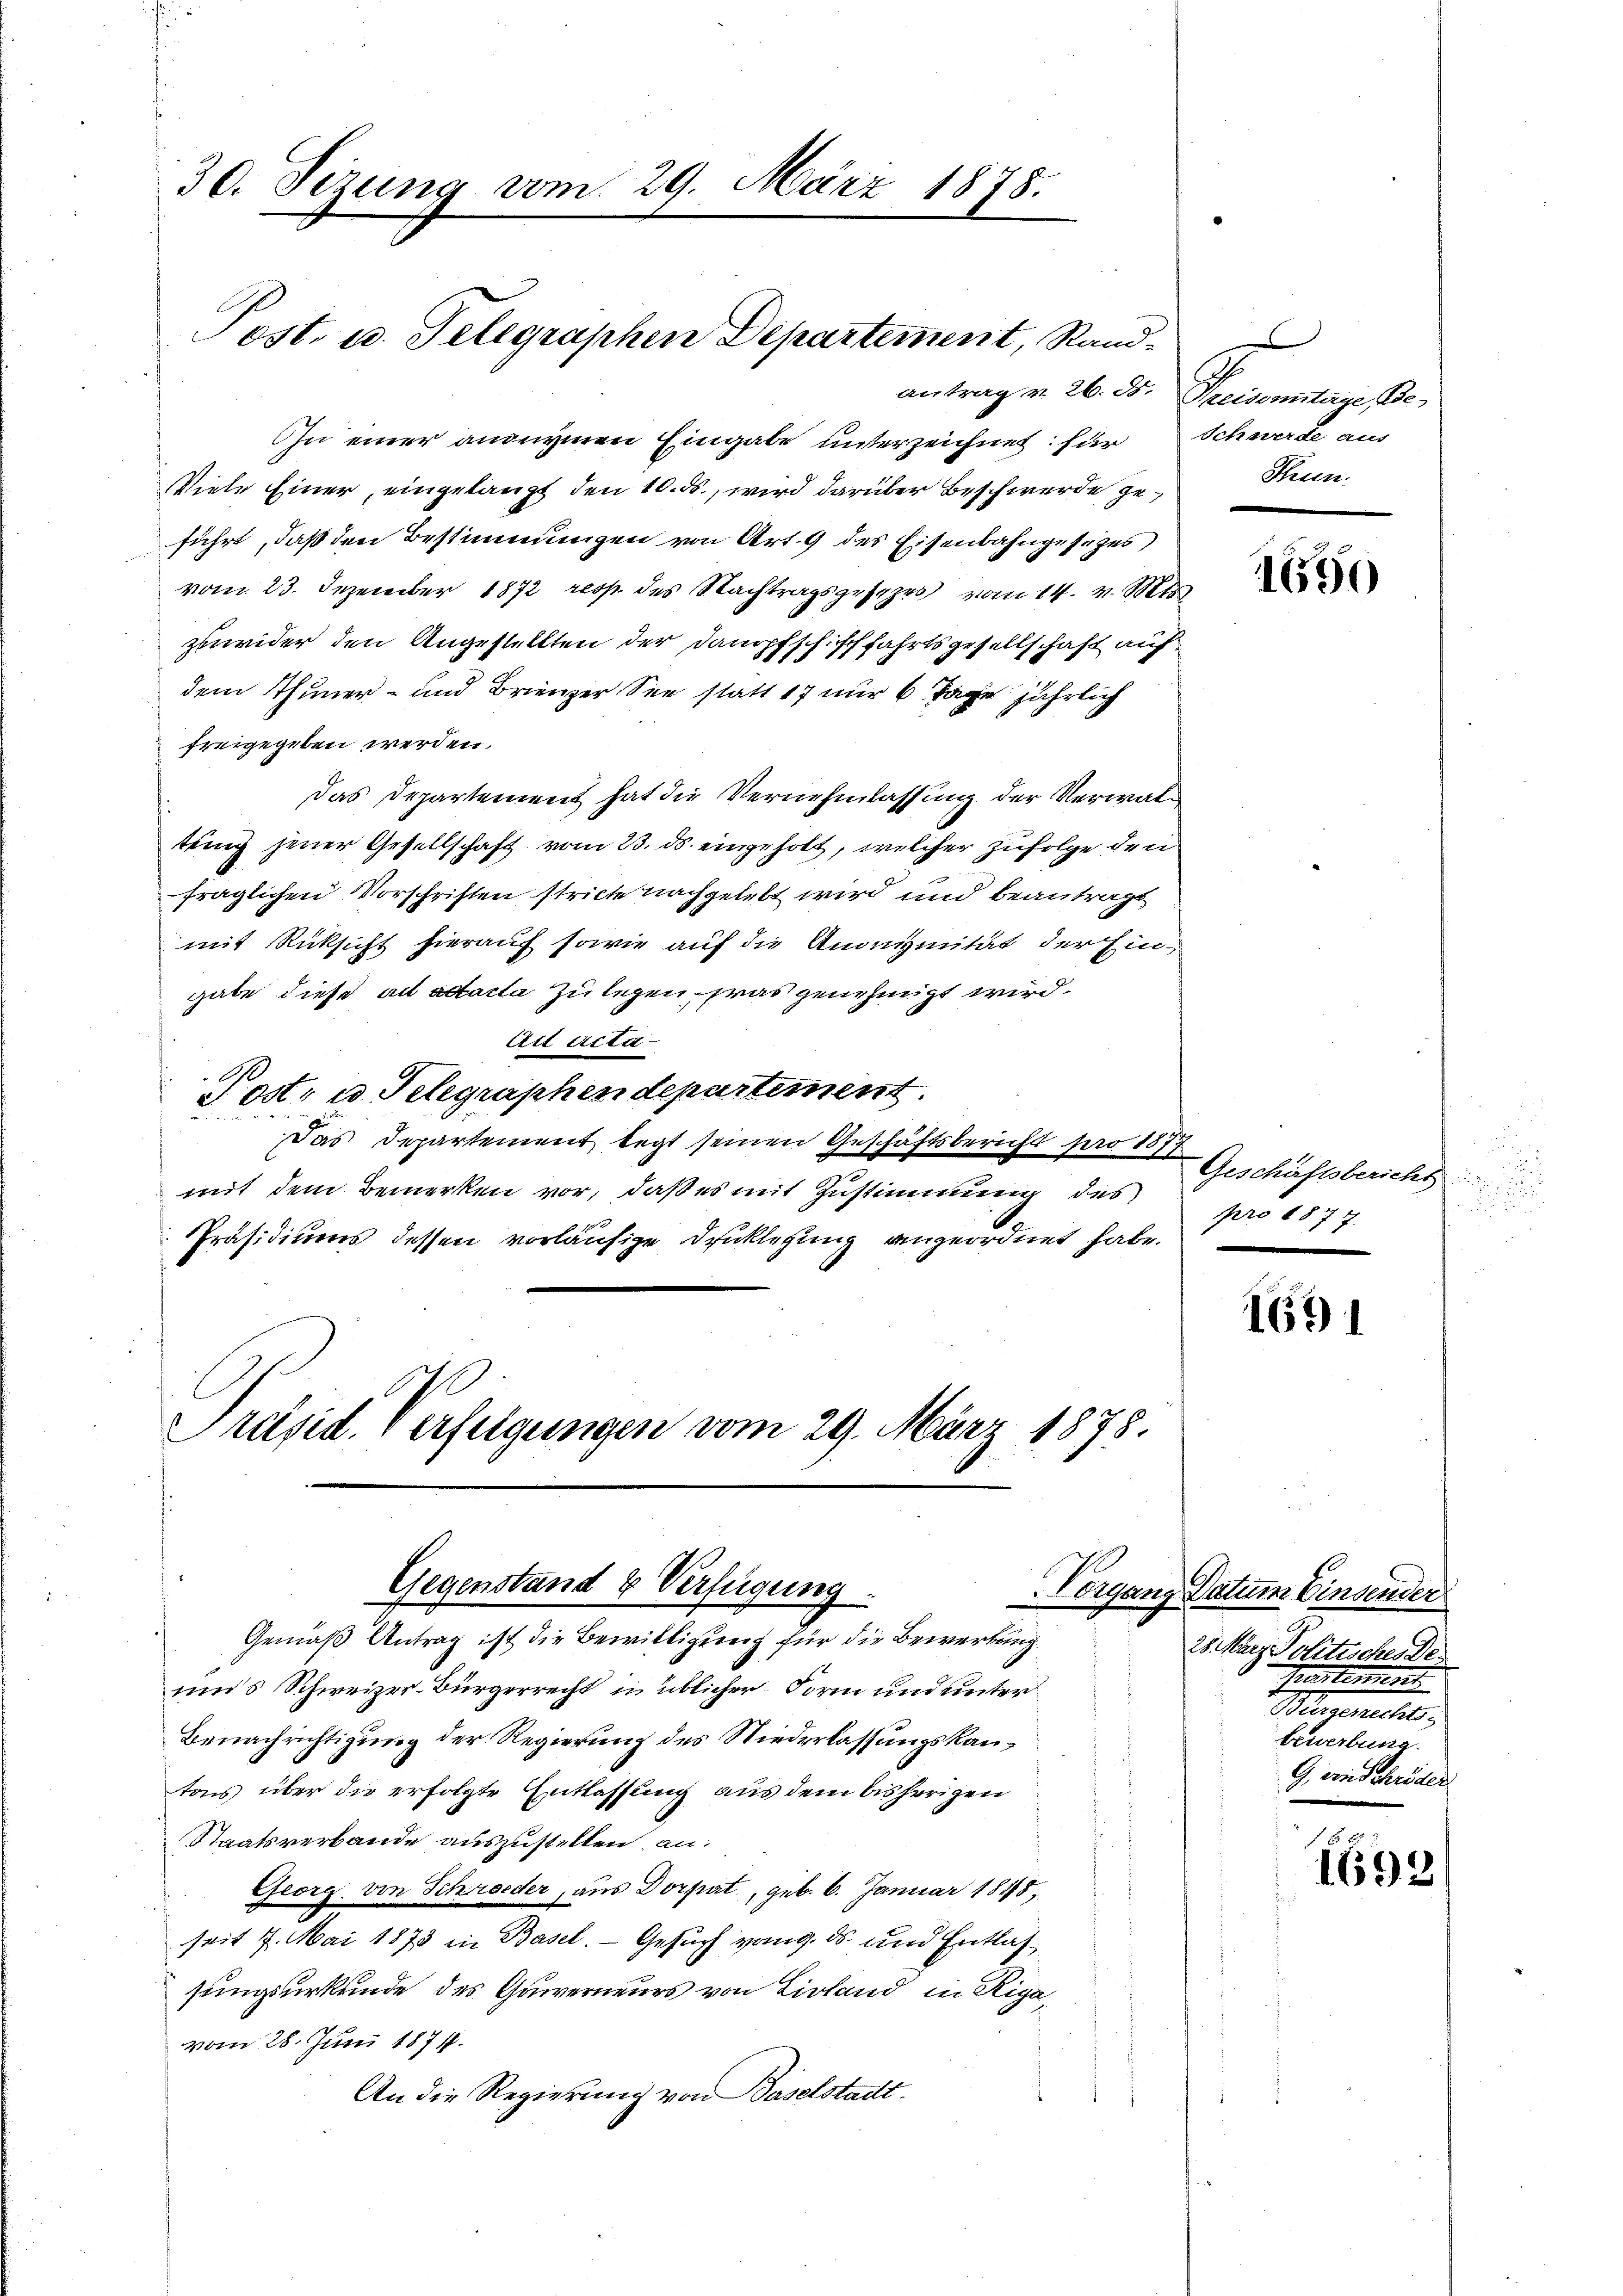
30. Sezung vom 29. März 1878.
Post. u. Telegraphen Departement, Rand-

Präsid. Verfolgungen vom 29. März 1878.

uns Schweizer-Bürgerrecht in üblicher Form und unter
Benachrichtigung der Regierung des Niederlassungskantos über die erfolgte Entlassung aus dem bisherigen
Staatsverbande auszustellen an:
Georg von Schrieder, aus Dorpat., geb. 6. Januar 1848;
seit 7. Mai 1873 in Basel. Gesuch von 9. ds. und Entlas
sungsurkunde des Gauverneurs von Livland in Rigavom 28. Juni 1874.
An die Regierung von Baselstadt.

Gegenstand & Verfügung
Elegan
Gemäß Antrag ist die Bewilligung für die Bewerbung

antrag v. 26. ds. Preisentare Be¬
In einer andermen Eingabe unterzeichnet: für
Viele Einer, eingelangt den 10. ds., wird darüber Beschwerde geführt, daß den Bestimmungen von Art. 9 des Eisenbahngesezes
vom 23. Dezember 1872 resp. des Nachtragsgesezes vom 14. v. Mts
zuwider den Angestellten der Dampfschischfahrtsgesellschaft auf
dem Thuner- und Brienzer See statt 17 nur 6 Tage jährlich
freigegeben werden.
Das Departement hat die Vernehmlassung der Verwaltung jener Gesellschaft vom 23. ds. eingeholt, welcher zufolge den
fraglichen Vorschriften strick nachgelebt wird und beantragt
mit Rücksicht hierauf sowie auf die Anonymität der Eingabe diese ad actacta zulegen, was genehmigt wird.
An Acta-
A
Jost, u. Telegraphen departement
Das Departement legt seinen Geschäftsbericht pro 1877
mit dem Bemerken vor, daß es mit Zustimmung des
Präsidiums dessen vorläufige Drucklegung angeordnet habe.

Schwerde aus
Thun.

1690

Geschäftsbericht
pro 1877.

1631

g Datum Einsender
4
28. März Solitisches de
Martement
Mavereites
bewerbung.
G. wie Schröder

f 6 x
1698